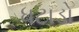
ધટાડો